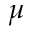
\mu